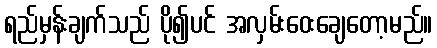
ရည်မှန်းချက်သည် ပို၍ပင် အလှမ်းဝေးချေတော့မည်။